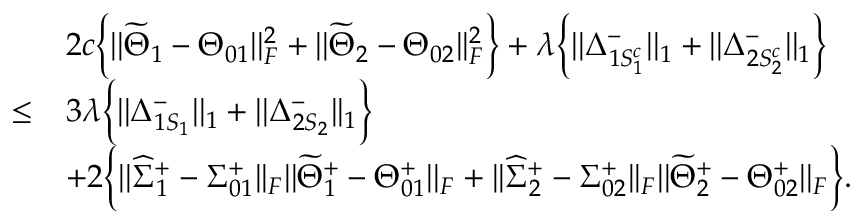
\begin{array} { r l } & { 2 c \Big \{ | | \widetilde { \Theta } _ { 1 } - \Theta _ { 0 1 } | | _ { F } ^ { 2 } + | | \widetilde { \Theta } _ { 2 } - \Theta _ { 0 2 } | | _ { F } ^ { 2 } \Big \} + \lambda \Big \{ | | \Delta _ { 1 S _ { 1 } ^ { c } } ^ { - } | | _ { 1 } + | | \Delta _ { 2 S _ { 2 } ^ { c } } ^ { - } | | _ { 1 } \Big \} } \\ { \leq } & { 3 \lambda \Big \{ | | \Delta _ { 1 S _ { 1 } } ^ { - } | | _ { 1 } + | | \Delta _ { 2 S _ { 2 } } ^ { - } | | _ { 1 } \Big \} } \\ & { + 2 \Big \{ | | \widehat { \Sigma } _ { 1 } ^ { + } - \Sigma _ { 0 1 } ^ { + } | | _ { F } | | \widetilde { \Theta } _ { 1 } ^ { + } - \Theta _ { 0 1 } ^ { + } | | _ { F } + | | \widehat { \Sigma } _ { 2 } ^ { + } - \Sigma _ { 0 2 } ^ { + } | | _ { F } | | \widetilde { \Theta } _ { 2 } ^ { + } - \Theta _ { 0 2 } ^ { + } | | _ { F } \Big \} . } \end{array}